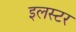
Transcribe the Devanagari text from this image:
इलस्टर